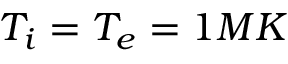
T _ { i } = T _ { e } = 1 M K